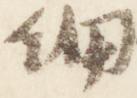
細